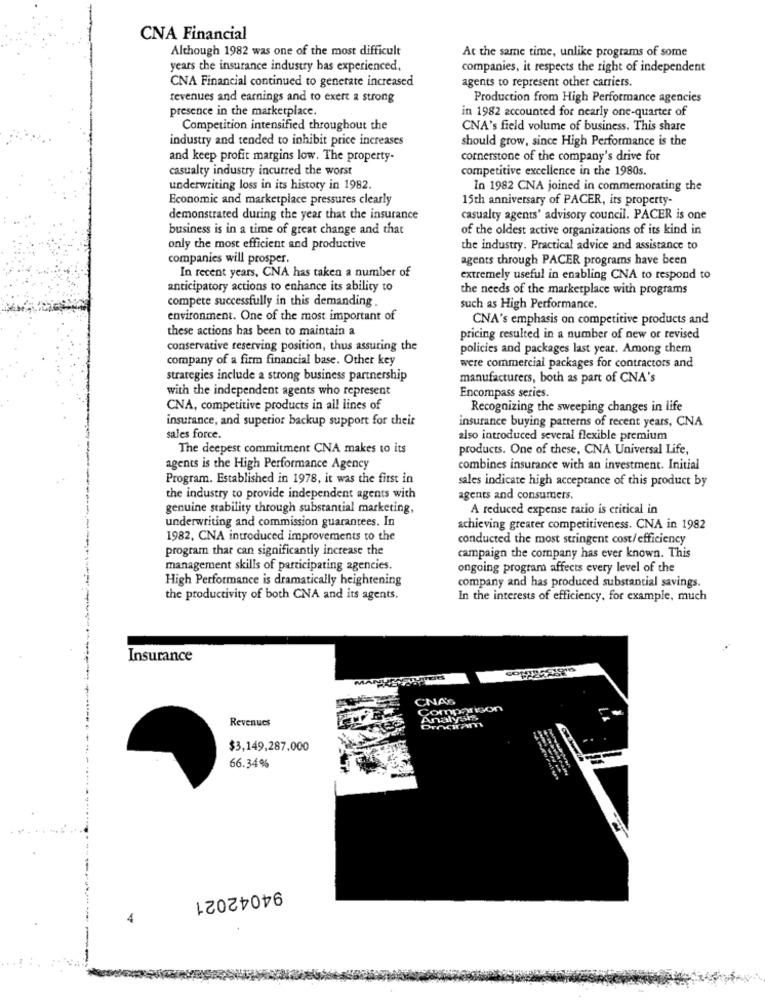
CNA Financial
Although 1982 was one of the most difficult
At the same time, unlike programs of some
years the insurance industry has experienced.
companies, it respects the right of independent
CNA Financial continued to generate increased
agents to represent other carriers.
revenues and earnings and to exert a strong
Production from High Performance agencies
presence in the marketplace.
in 1982 accounted for nearly one-quarter of
Competition intensified throughout the
CNA's field volume of business. This share
industry and tended to inhibit price increases
should grow, since High Performance is the
and keep profit margins low. The property-
cornerstone of the company's drive for
casualty industry incurred the worst
competitive excellence in the 1980s.
underwriting loss in its history in 1982.
In 1982 CNA joined in commemorating the
Economic and marketplace pressures clearly
15th anniversary of PACER, irs property-
demonstrated during the year that the insurance
casualty agents' advisory council. PACER is one
business is in a time of great change and that
of the oldest active organizations of its kind in
only the most efficient and productive
the industry. Practical advice and assistance to
companies will prosper,
agents through PACER programs have been
In recent years, CNA has taken a number of
extremely useful in enabling CNA to respond to
anticipatory actions to enhance its ability to
the needs of the marketplace with programs
compete successfully in this demanding.
such as High Performance.
environment. One of the most important of
CNA's emphasis on competitive products and
these actions has been to maintain a
pricing resulted in a number of new or revised
conservative reserving position, thus assuring the
policies and packages last year. Among them
company of a firm financial base. Other key
were commercial packages for contractors and
strategies include a strong business partnership
manufacturers, both as part of CNA's
with the independent agents who represent
Encompass series.
CNA, competitive products in all lines of
Recognizing the sweeping changes in life
insurance, and superior backup support for their
insurance buying patterns of recent years, CNA
sales force.
also introduced several flexible premium
The deepest commitment CNA makes to its
products. One of these, CNA Universal Life,
agents is the High Performance Agency
combines insurance with an investment. Initial
Program. Established in 1978, it was the first in
sales indicate high acceptance of this product by
the industry to provide independent agents with
agents and consumers.
genuine stability through substantial marketing,
A reduced expense ratio is critical in
underwriting and commission guarantees. In
achieving greater competitiveness. CNA in 1982
1982, CNA introduced improvements to the
conducted the most stringent cost/efficiency
program that can significantly increase the
campaign the company has ever known. This
management skills of participating agencies.
ongoing program affects every level of the
High Performance is dramatically heightening
company and has produced substantial savings.
the productivity of both CNA and its agents.
In the interests of efficiency, for example, much
Insurance
COT
M
CNAS
Comparison
Revenues
Analysn
DIAWAm
$3,149,287,000
66.34%
94042021
4